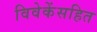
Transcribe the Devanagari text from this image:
विवेकेंसहित